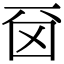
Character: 𠀮